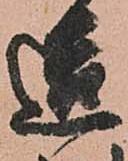
造